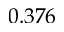
0 . 3 7 6